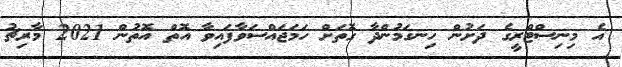
އެ މިނިސްޓްރީގެ ދަށުން ހިނގަމުންދާ ގޮތަށް ހަމަޖައްސަވާފައިވާ އޮތް އޮތުން 2021 މާރިޗު